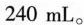
240mL。